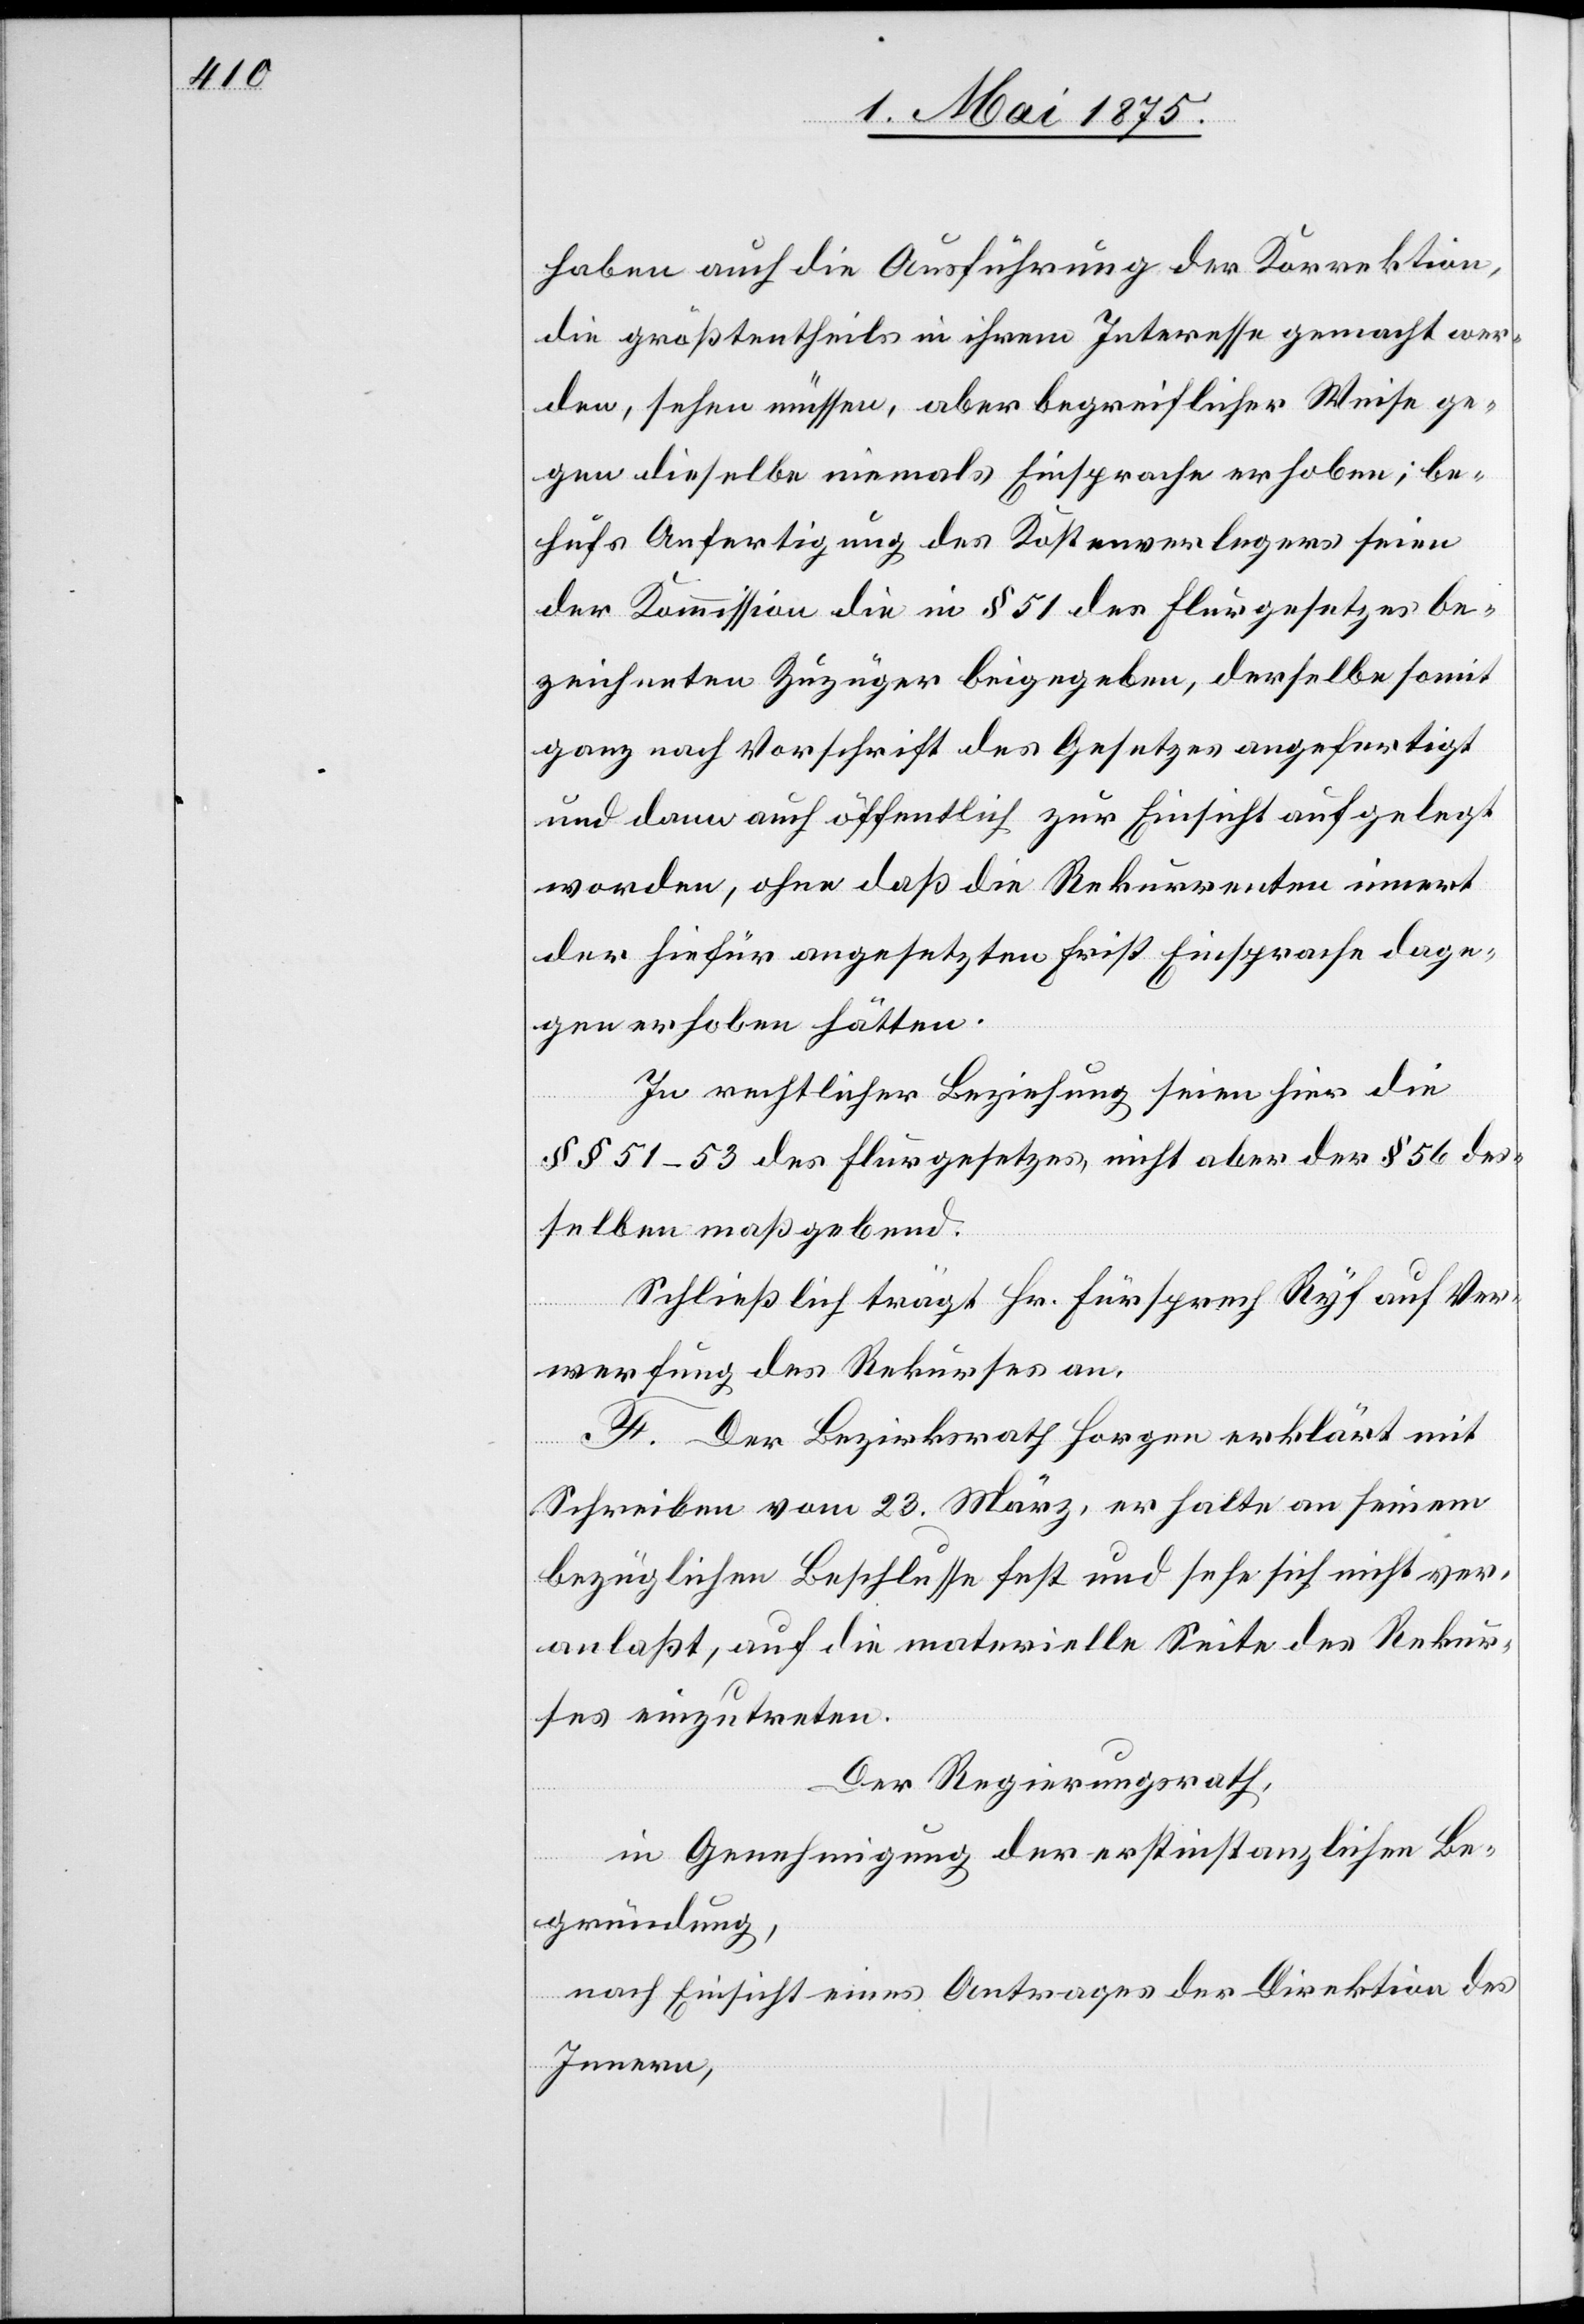
haben auch die Ausführung der Korrektion,
die größtentheils in ihrem Interesse gemacht wer¬
den, sehen müssen, aber begreiflicher Weise ge¬
gen dieselbe niemals Einsprache erhoben; be¬
hufs Anfertigung des Kostenverlegers seien
der Kommission die in § 51 des Flurgesetzes be¬
zeichneten Zuzüger beigegeben, derselbe somit
ganz nach Vorschrift des Gesetzes angefertigt
und dann auch öffentlich zur Einsicht aufgelegt
worden, ohne daß die Rekurrenten innert
der hiefür angesetzten Frist Einsprache dage¬
gen erhoben hätten.
In rechtlicher Beziehung seien hier die
§§ 51–53 des Flurgesetzes, nicht aber der § 56 des¬
selben maßgebend.
Schließlich trägt Hr. Fürsprech Ryf auf Ver¬
werfung des Rekurses an.
F. Der Bezirksrath Horgen erklärt mit
Schreiben vom 23. März. er halte an seinem
bezüglichen Beschlusse fest und sehe sich nicht ver¬
anlaßt, auf die materielle Seite des Rekur¬
ses einzutreten.
Der Regierungsrath,
in Genehmigung der erstinstanzlichen Be¬
gründung,
nach Einsicht eines Antrages der Direktion des
Innern,